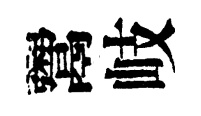
鬻岐